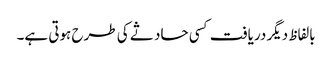
بالفاظ دیگر دریافت کسی حاد ثے کی طرح ہوتی ہے۔